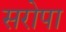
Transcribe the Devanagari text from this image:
सरोपा